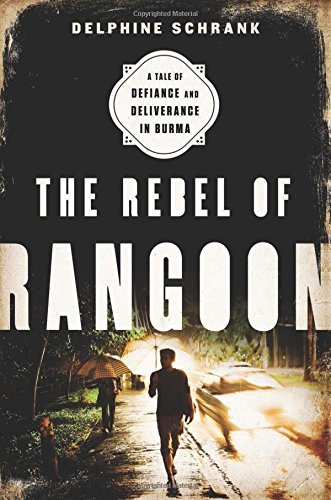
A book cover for The Rebel of Rangoon: A Tale of Defiance and Deliverance in Burma; Delphine Schrank; Biographies & Memoirs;